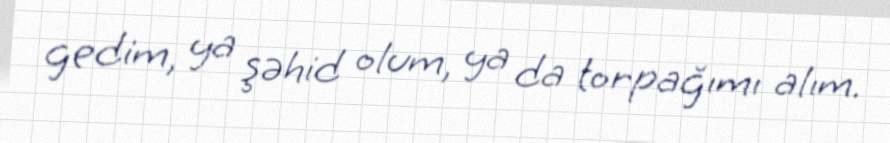
gedim, ya şəhid olum, ya da torpağımı alım.